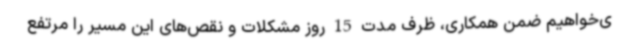
ی‌خواهیم ضمن همکاری، ظرف مدت 15 روز مشکلات و نقص‌های این مسیر را مرتفع